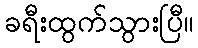
ခရီးထွက်သွားပြီ။